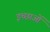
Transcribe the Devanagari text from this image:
इच्छाआें